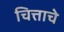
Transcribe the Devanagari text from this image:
चित्ताचे